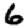
Digit: 6